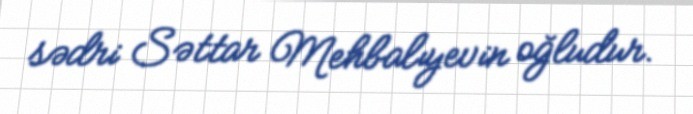
sədri Səttar Mehbalıyevin oğludur.